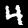
Label: 4